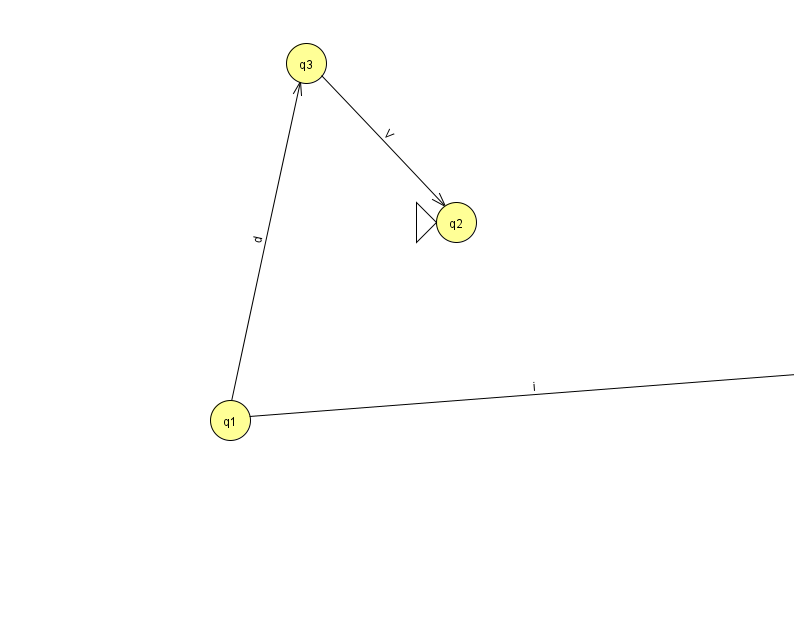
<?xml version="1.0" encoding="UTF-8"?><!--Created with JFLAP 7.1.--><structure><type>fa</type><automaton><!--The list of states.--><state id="0" name="q0"><x>841.0</x><y>359.0</y><final/></state><state id="1" name="q1"><x>230.0</x><y>407.0</y></state><state id="2" name="q2"><x>456.0</x><y>209.0</y><initial/></state><state id="3" name="q3"><x>306.0</x><y>50.0</y></state><!--The list of transitions.--><transition><from>3</from><to>2</to><read>V</read></transition><transition><from>1</from><to>0</to><read>i</read></transition><transition><from>1</from><to>3</to><read>d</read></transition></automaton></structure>